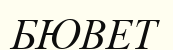
БЮВЕТ